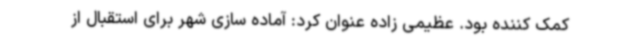
کمک کننده بود. عظیمی زاده عنوان کرد: آماده سازی شهر برای استقبال از